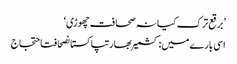
’برقع ترک کیا نہ صحافت چھوڑی‘
اسی بارے میں: کشمیربھارتپاکستانصحافتاحتجاج